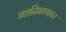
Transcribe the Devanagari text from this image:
व्यक्तीमत्त्वावर